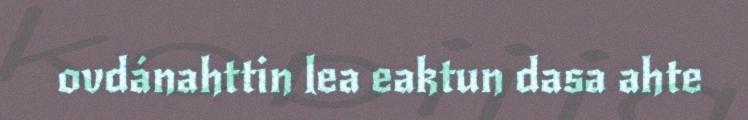
ovdánahttin lea eaktun dasa ahte